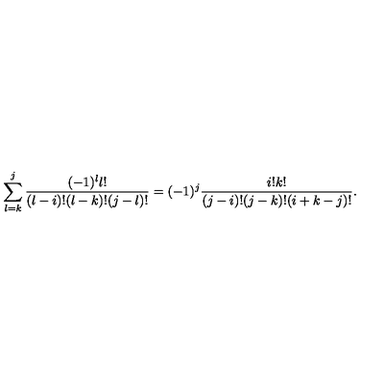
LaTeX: \sum _ { l = k } ^ { j } { \frac { ( - 1 ) ^ { l } l ! } { ( l - i ) ! ( l - k ) ! ( j - l ) ! } } = ( - 1 ) ^ { j } { \frac { i ! k ! } { ( j - i ) ! ( j - k ) ! ( i + k - j ) ! } } .